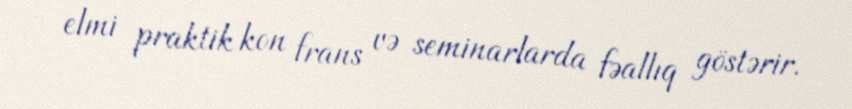
elmi praktik kon frans və seminarlarda fəallıq göstərir.